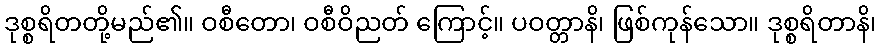
ဒုစ္စရိတတို့မည်၏။ ဝစီတော၊ ဝစီဝိညတ် ကြောင့်။ ပဝတ္တာနိ၊ ဖြစ်ကုန်သော။ ဒုစ္စရိတာနိ၊